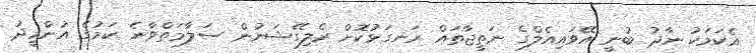
އެކަމަކު ނާދު ބުނީ އޭވައިއެލްގެ ނަތީޖާތައް ރަނގަޅުކޮށް ރެލިގޭޝަނުން ސަލާމަތްވާނެ ކަމުގެ އުންމީދު